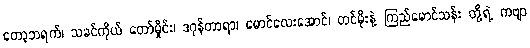
တော့ဘရက်၊ သခင်ကိုယ် တော်မှိုင်း၊ ဒဂုန်တာရာ၊ မောင်လေးအောင်၊ တင်မိုးနဲ့ ကြည်မောင်သန်း တို့ရဲ့ ကဗျာ